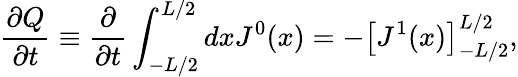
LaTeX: {\frac{\partial Q}{\partial t}}\equiv{\frac{\partial}{\partial t}}\int_{-L/2}^{L/2}dxJ^{0}(x)=-\left[J^{1}(x)\right]_{-L/2}^{L/2},